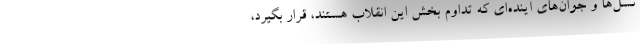
نسل‌ها و جوان‌های آینده‌ای که تداوم بخش این انقلاب هستند، قرار بگیرد،